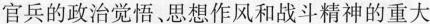
官兵的政治觉悟、思想作风和战斗精神的重大